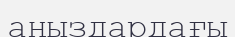
аңыздардағы